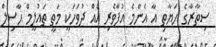
ސިތާރާގެ ހަޔާތި އާ އެންމެ އުފާވެރި އެއް ދުވަހަކީ މަތީ ތައުލީމް ޙާސިލް